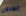
المرمى